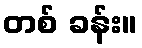
တစ် ခန်း။